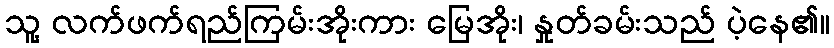
သူ့ လက်ဖက်ရည်ကြမ်းအိုးကား မြေအိုး၊ နှုတ်ခမ်းသည် ပဲ့နေ၏။